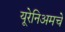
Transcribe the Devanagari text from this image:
यूरेनिअमचे